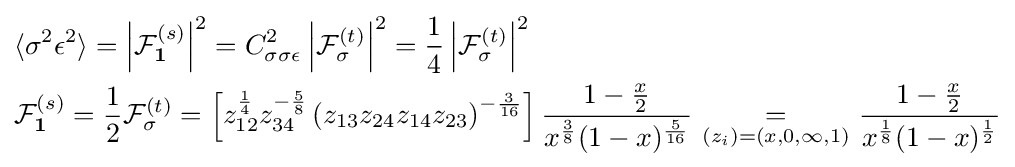
{\begin{aligned}&\langle \sigma ^{2}\epsilon ^{2}\rangle =\left|{\mathcal {F}}_{\textbf {1}}^{(s)}\right|^{2}=C_{\sigma \sigma \epsilon }^{2}\left|{\mathcal {F}}_{\sigma }^{(t)}\right|^{2}={\frac {1}{4}}\left|{\mathcal {F}}_{\sigma }^{(t)}\right|^{2}\\&{\mathcal {F}}_{\textbf {1}}^{(s)}={\frac {1}{2}}{\mathcal {F}}_{\sigma }^{(t)}=\left[z_{12}^{\frac {1}{4}}z_{34}^{-{\frac {5}{8}}}\left(z_{13}z_{24}z_{14}z_{23}\right)^{-{\frac {3}{16}}}\right]{\frac {1-{\frac {x}{2}}}{x^{\frac {3}{8}}(1-x)^{\frac {5}{16}}}}\ {\underset {(z_{i})=(x,0,\infty ,1)}{=}}\ {\frac {1-{\frac {x}{2}}}{x^{\frac {1}{8}}(1-x)^{\frac {1}{2}}}}\end{aligned}}